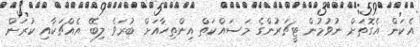
އެކަން އެގޮތަށް ނުވުމުން ޓީޗަރުންގެ މަސައްކަތް އިންތިހާއަށް ބުރަވެ ލިބޭ އެއްޗަކާއި ކުރަން